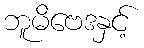
ဘူမိဗေဒနှင့်